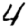
Digit: 4